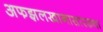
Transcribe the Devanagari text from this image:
अफझलखानासारख्या